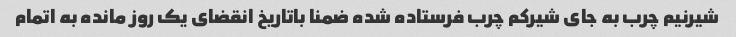
شیرنیم چرب به جای شیرکم چرب فرستاده شده ضمنا باتاریخ انقضای یک روز مانده به اتمام